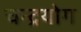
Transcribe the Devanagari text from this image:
चन्द्रयोग